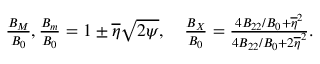
\begin{array} { r } { \frac { B _ { M } } { B _ { 0 } } , \frac { B _ { m } } { B _ { 0 } } = 1 \pm \overline { { \eta } } \sqrt { 2 \psi } , \quad \frac { B _ { X } } { B _ { 0 } } = \frac { 4 B _ { 2 2 } / B _ { 0 } + \overline { { \eta } } ^ { 2 } } { 4 B _ { 2 2 } / B _ { 0 } + 2 \overline { { \eta } } ^ { 2 } } . } \end{array}